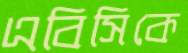
এবিসিকে